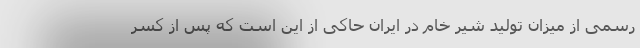
رسمی از میزان تولید شیر خام در ایران حاکی از این است که پس از کسر